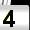
Digit: 4